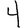
Digit: 4